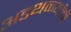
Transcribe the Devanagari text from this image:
अडथळ्यांची